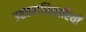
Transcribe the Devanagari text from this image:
उततराधिकारियों